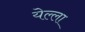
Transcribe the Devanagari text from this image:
येल्ला